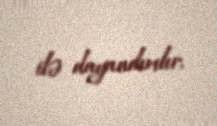
ilə dayandırılır.